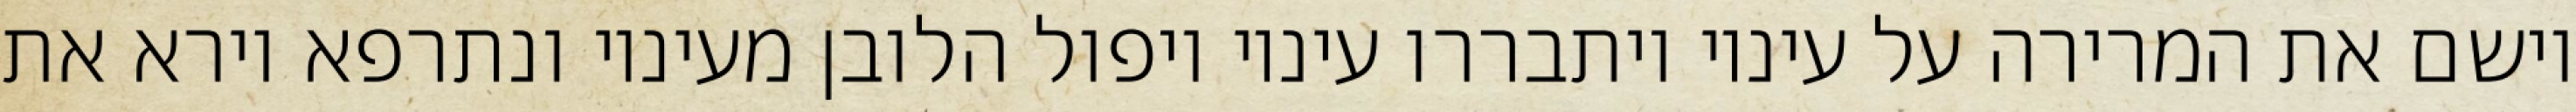
וישם את המרירה על עיניו ויתבררו עיניו ויפול הלובן מעיניו ונתרפא וירא את